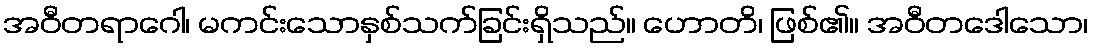
အဝီတရာဂေါ၊ မကင်းသောနှစ်သက်ခြင်းရှိသည်။ ဟောတိ၊ ဖြစ်၏။ အဝီတဒေါသော၊